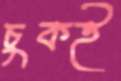
চুকই